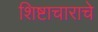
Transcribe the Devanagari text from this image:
शिष्टाचाराचे